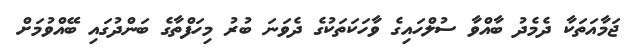
ޖަމާއަތަކާ ދެމެދު ބާއްވާ ސުލްހައިގެ ވާހަކަތަކުގެ ދެވަނަ ބުރު މިހަފްތާގެ ބަންދުގައި ބޭއްވުމަށް